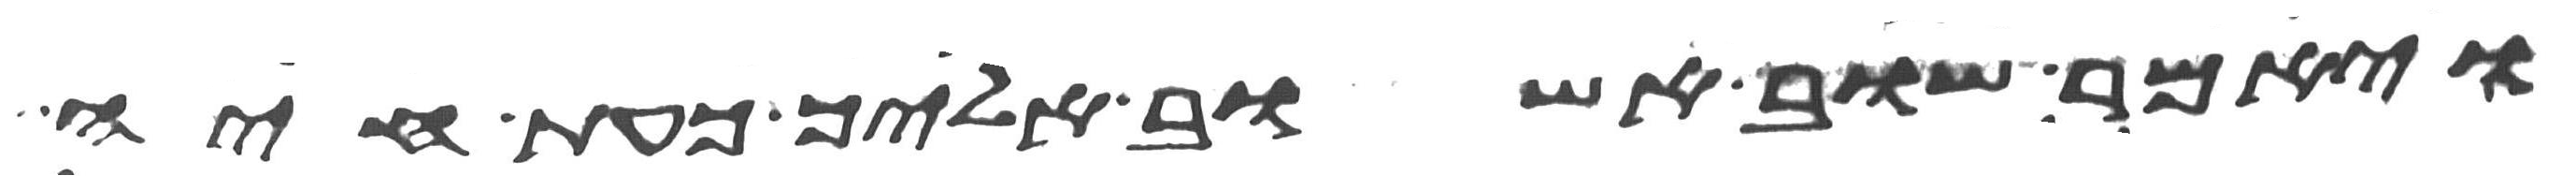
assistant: ויאמר שוב אשוב אליך כעת חיה